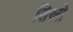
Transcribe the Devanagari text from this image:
तिस्रो